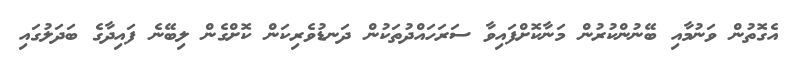
އެގޮތުން ވަނުމާއި ބޭނުންކުރުން މަނާކޮށްފައިވާ ސަރަހައްދުތަކުން ދަނޑުވެރިކަން ކޮށްގެން ލިބޭނެ ފައިދާގެ ބަދަލުގައި